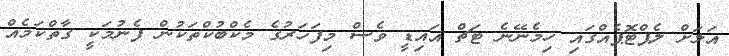
އަލަށް ލެޕްޓޮޕެއްގައި ހިމެނޭނެ ޓަޗް އައިޑީ ވެސް މިފަހަރުގެ މެކްބުކްތަކުން ފެނުމަކީ ގާތްކަމެއް